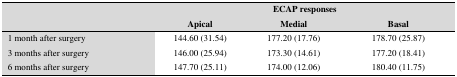
| <ROWSPAN=2>  | <COLSPAN=3> ECAP responses |
 | Apical | Medial | Basal |
 | --- | --- | --- | --- |
 | 1 month after surgery | 144.60 (31.54) | 177.20 (17.76) | 178.70 (25.87) |
 | 3 months after surgery | 146.00 (25.94) | 173.30 (14.61) | 177.20 (18.41) |
 | 6 months after surgery | 147.70 (25.11) | 174.00 (12.06) | 180.40 (11.75) |